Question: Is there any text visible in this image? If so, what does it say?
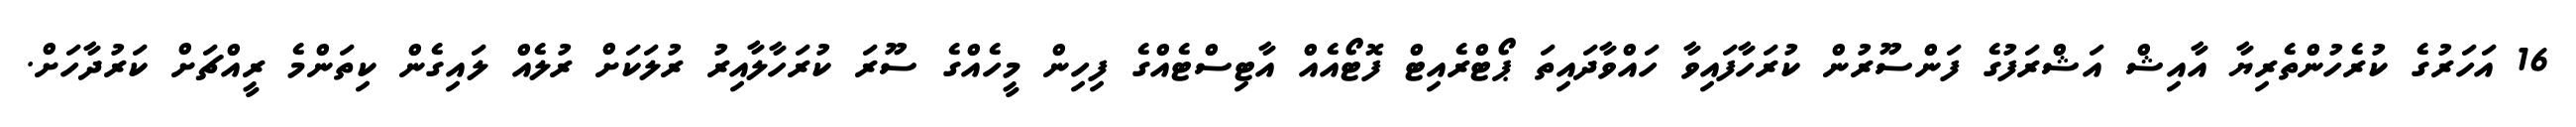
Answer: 16 އަހަރުގެ ކުރެހުންތެރިޔާ އާއިޝް އަޝްރަފުގެ ފަންސޫރުން ކުރަހާފައިވާ ހައްވާދައިތަ ޕޯޓްރެއިޓް ފޮޓޯއެއް އާޓިސްޓެއްގެ ފިހިން މީހެއްގެ ސޫރަ ކުރަހާލާއިރު ރުލަކަށް ރުލެއް ލައިގެން ކިތަންމެ ރީއްޗަށް ކަރުދާހަށް.